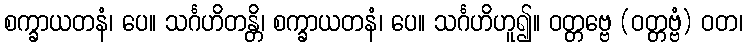
စက္ခာယတနံ၊ ပေ။ သင်္ဂဟိတန္တိ၊ စက္ခာယတနံ၊ ပေ။ သင်္ဂဟိဟူ၍။ ဝတ္တဗ္ဗေ (ဝတ္တဗ္ဗံ) ဝတ၊